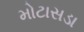
મોટાસડા